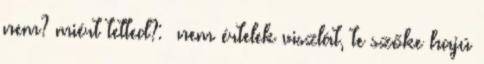
nem? miért tetted?: nem értelek viszlát, te szőke hajú